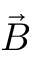
\vec { B }